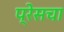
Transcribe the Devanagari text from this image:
प्रेसचा